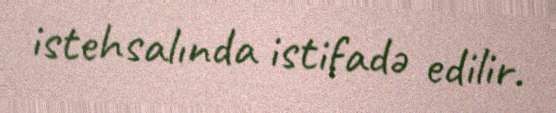
istehsalında istifadə edilir.